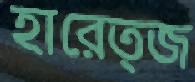
হারেত্জ